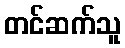
တင်ဆက်သူ